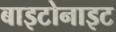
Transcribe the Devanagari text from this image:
बाइटोनाइट